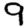
Digit: 9